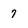
Character: 7